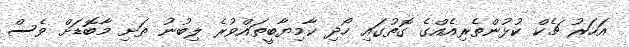
އަހަރު ޗެކް ކުޅުންތެރިއެއްގެ ގޮތުގައި ހޯދި ކާމިޔާބީތައްވުރެ ލިބުނު ތަށި މާބޮޑަށް ވެސް